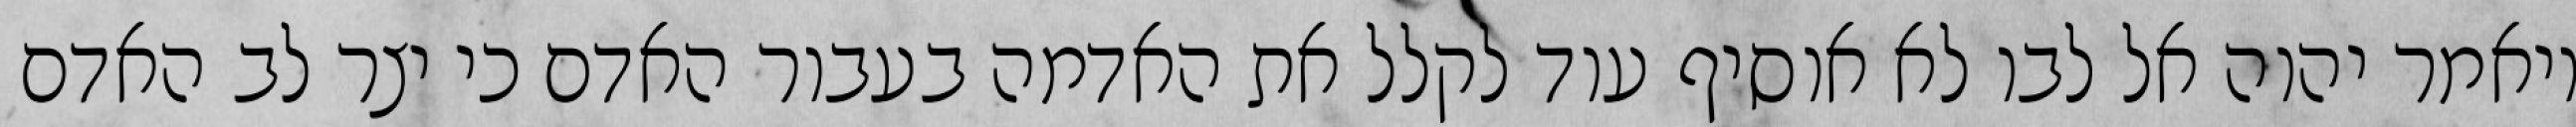
ויאמר יהוה אל לבו לא אוסיף עוד לקלל את האדמה בעבור האדם כי יצר לב האדם